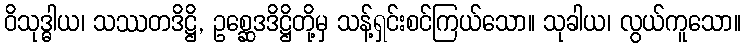
ဝိသုဒ္ဓါယ၊ သဿတဒိဋ္ဌိ, ဥစ္ဆေဒဒိဋ္ဌိတို့မှ သန့်ရှင်းစင်ကြယ်သော။ သုခါယ၊ လွယ်ကူသော။